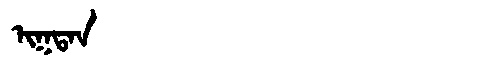
Manchu: ᡳᡴᡨᠠᠨ
Romanization: IKTAN